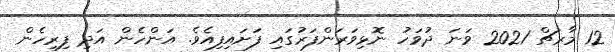
12 މާރޗް 2021 ވަނަ ދުވަހު ނޮޅިވަރަންފަރުގައި ފަށައިފިއެވެ. އަންހެން އަދި ފިރިހެން